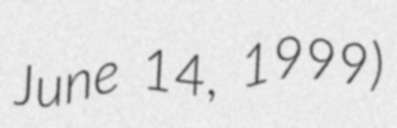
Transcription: June 14, 1999)